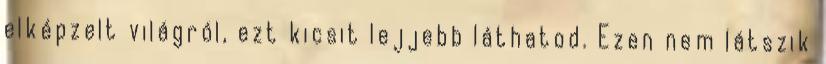
elképzelt világról, ezt kicsit lejjebb láthatod. Ezen nem látszik